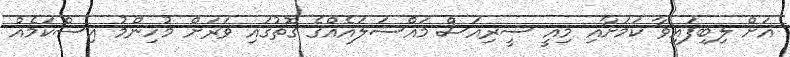
އަށް ލިބިފައިވާ ކަމަށާއި މިއީ ސީރިއަސް މައްސަލައެއްގެ ގޮތުގައި ވަރަށް މުހިންމު އިސްކަމެއް